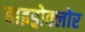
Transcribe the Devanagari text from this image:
हाइड्रोक्लोर